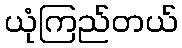
ယုံကြည်တယ်